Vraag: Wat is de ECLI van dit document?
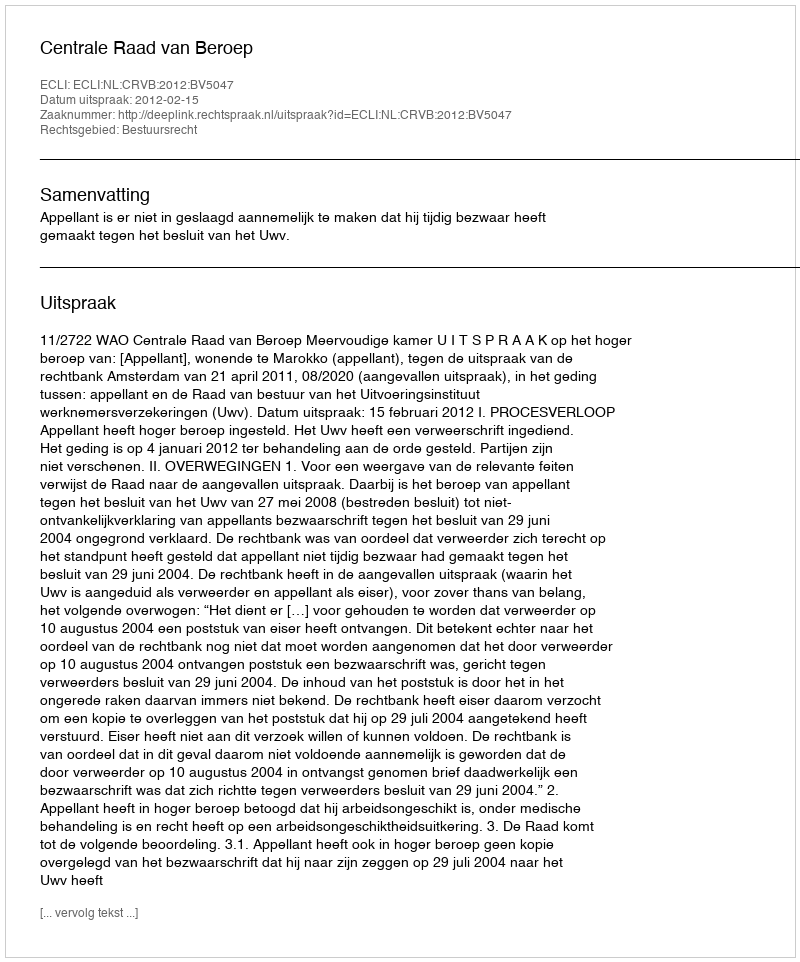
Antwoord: ECLI:NL:CRVB:2012:BV5047